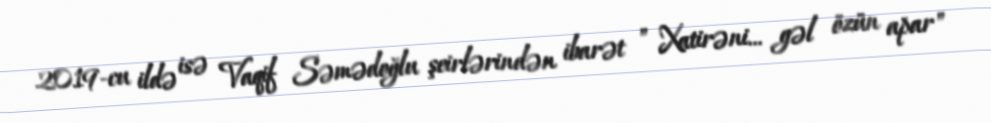
2019-cu ildə isə Vaqif Səmədoğlu şeirlərindən ibarət " Xatirəni… gəl özün apar"